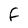
Character: F